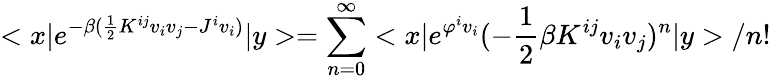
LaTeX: <x|e^{-\beta(\frac{1}{2}K^{ij}v_{i}v_{j}-J^{i}v_{i})}|y>=\sum_{n=0}^{\infty}<x|e^{\varphi^{i}v_{i}}(-\frac{1}{2}\beta K^{ij}v_{i}v_{j})^{n}|y>/n!